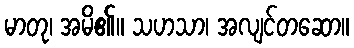
မာတု၊ အမိ၏။ သဟသာ၊ အလျင်တဆော။